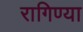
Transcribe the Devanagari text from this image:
रागिण्या